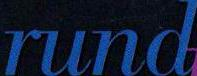
rund